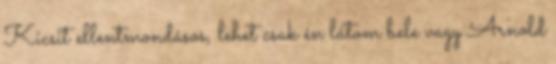
Kicsit ellentmondásos, lehet csak én látom bele vagy Arnold